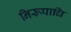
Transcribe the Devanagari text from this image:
निरूपाधि